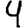
Digit: 4